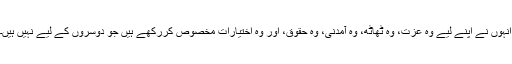
انہوں نے اپنے لیے وہ عزت، وہ ٹھاٹھ، وہ آمدنی، وہ حقوق، اور وہ اختیارات مخصوص کررکھے ہیں جو دوسروں کے لیے نہیں ہیں۔